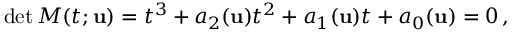
\operatorname* { d e t } M ( t ; { \mathbf { u } } ) = t ^ { 3 } + a _ { 2 } ( { \mathbf { u } } ) t ^ { 2 } + a _ { 1 } ( { \mathbf { u } } ) t + a _ { 0 } ( { \mathbf { u } } ) = 0 \, ,